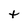
Character: t